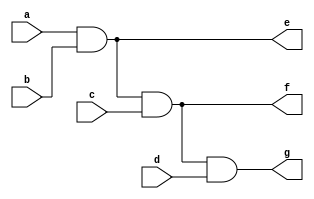
`timescale 1ns / 1ps

module inv(
    input a,b,c,d,
    output e,f,g
);
    
    assign e = a&b;
    assign f = e&c;
    assign g = f&d;
    
endmodule